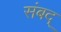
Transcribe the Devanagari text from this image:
संबद्